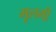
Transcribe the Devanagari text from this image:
मूलगी